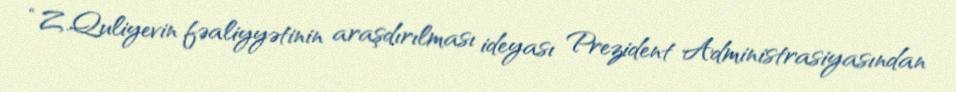
“Z.Quliyevin fəaliyyətinin araşdırılması ideyası Prezident Administrasiyasından